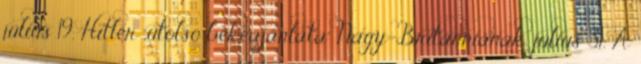
július 19. Hitler „utolsó békeajánlata” Nagy-Britanniának. július 31. A